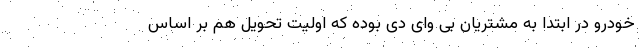
خودرو در ابتدا به مشتریان بی وای دی بوده که اولیت تحویل هم بر اساس